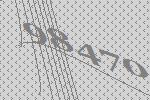
98470